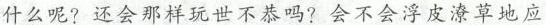
什么呢？还会那样玩世不恭吗？会不会浮皮潦草地应